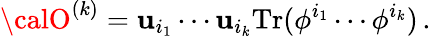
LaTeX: {\calO}^{(k)}=\mathbf{u}_{i_{1}}\cdots\mathbf{u}_{i_{k}}\mathrm{{Tr}}(\phi^{i_{1}}\cdots\phi^{i_{k}})\, .